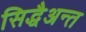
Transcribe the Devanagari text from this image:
सिद्धैअन्त